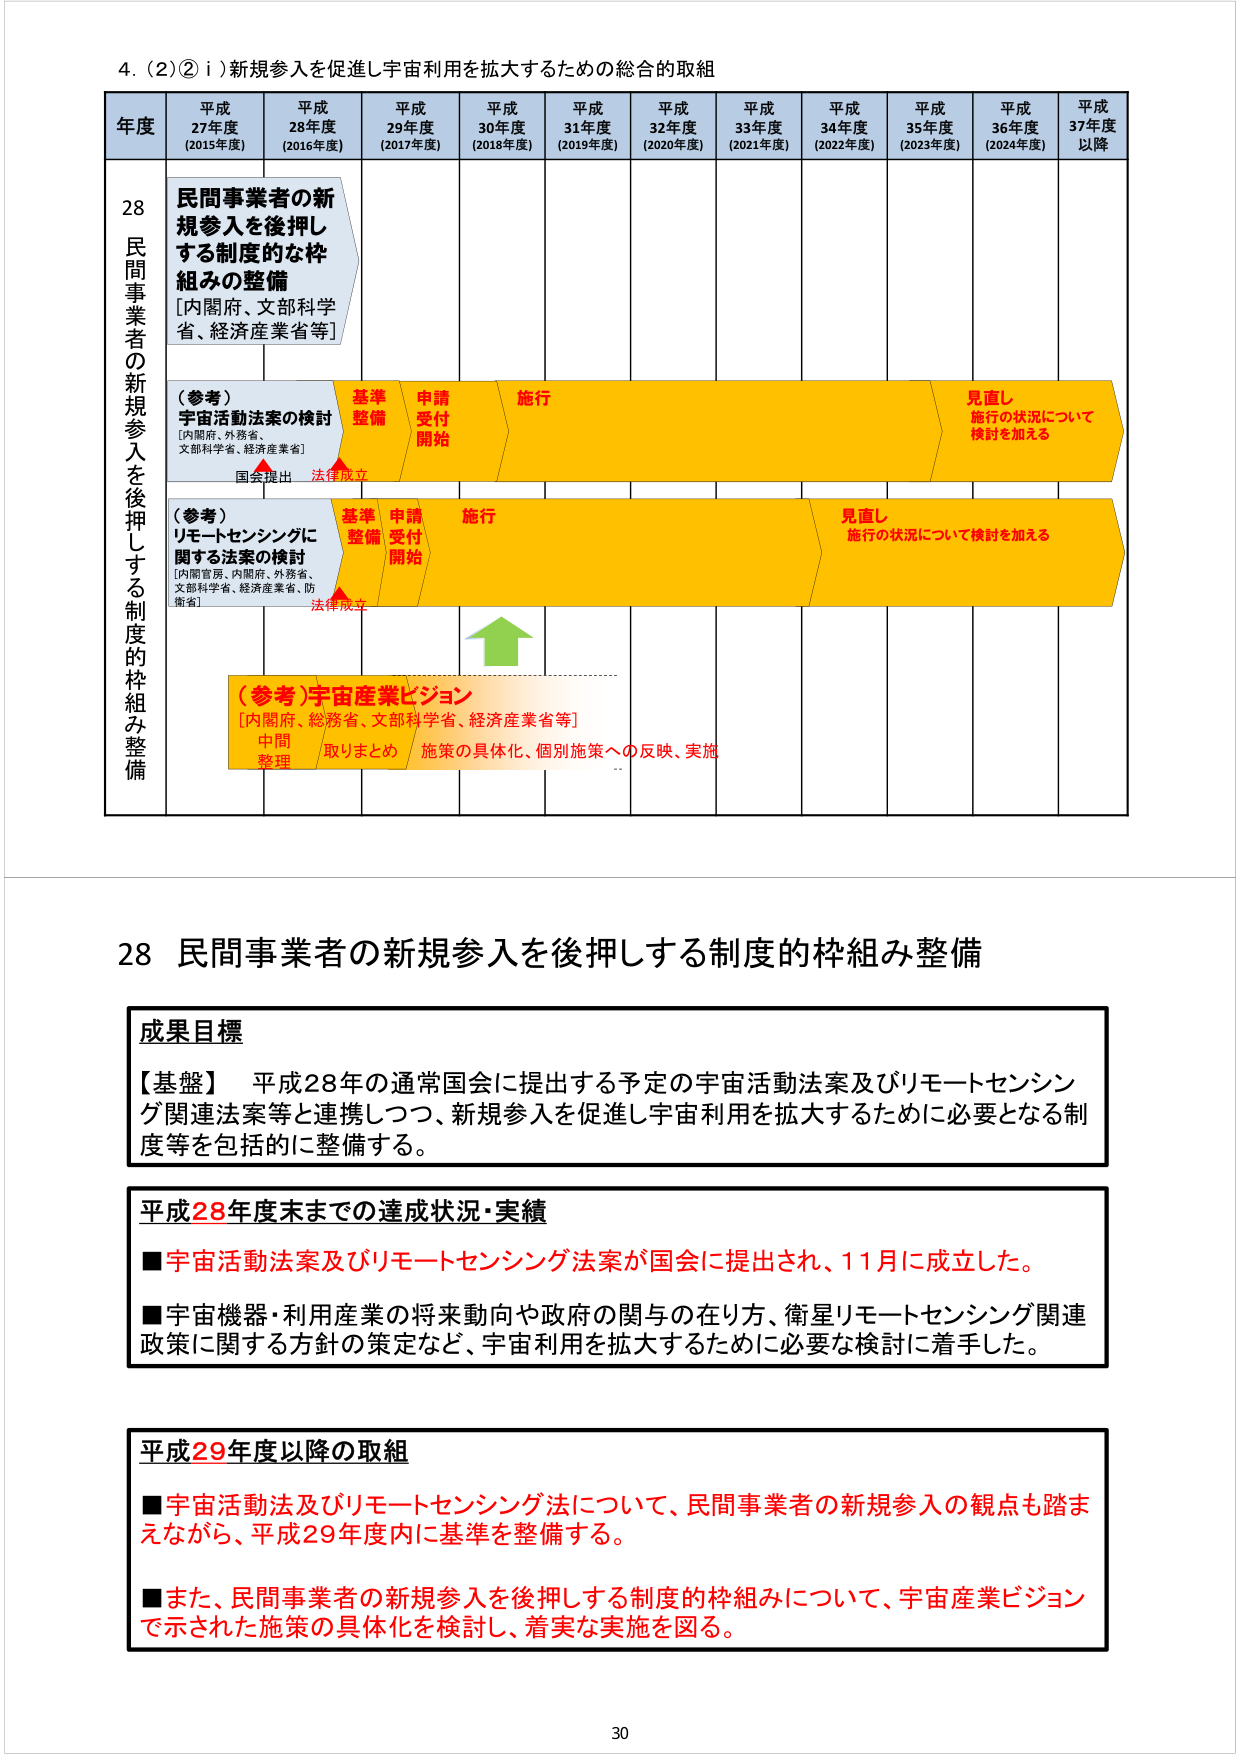
4. (2)② i) 新規参入を促進し宇宙利用を拡大するための総合的取組

年度 平成27年度 (2015年度) 平成28年度 (2016年度) 平成29年度 (2017年度) 平成30年度 (2018年度) 平成31年度 (2019年度) 平成32年度 (2020年度) 平成33年度 (2021年度) 平成34年度 (2022年度) 平成35年度 (2023年度) 平成36年度 (2024年度) 平成37年度以降

28 民間事業者の新規参入を後押しする制度的枠組み整備
[内閣府、文部科学省、経済産業省等]

（参考）宇宙活動法案の検討
[内閣府、外務省、文部科学省、経済産業省]
国会提出 法律成立 基準整備 申請受付開始 施行 見直し 施行の状況について検討を加える

（参考）リモートセンシングに関する法案の検討
[内閣官房、内閣府、外務省、文部科学省、経済産業省、防衛省]
法律成立 基準整備 申請受付開始 施行 見直し 施行の状況について検討を加える

（参考）宇宙産業ビジョン
[内閣府、総務省、文部科学省、経済産業省等]
中間整理 取りまとめ 施策の具体化、個別施策への反映、実施

28 民間事業者の新規参入を後押しする制度的枠組み整備

成果目標
【基盤】 平成28年の通常国会に提出する予定の宇宙活動法案及びリモートセンシング関連法案等と連携しつつ、新規参入を促進し宇宙利用を拡大するために必要となる制度等を包括的に整備する。

平成28年度末までの達成状況・実績
■宇宙活動法案及びリモートセンシング法案が国会に提出され、11月に成立した。
■宇宙機器・利用産業の将来動向や政府の関与の在り方、衛星リモートセンシング関連政策に関する方針の策定など、宇宙利用を拡大するために必要な検討に着手した。

平成29年度以降の取組
■宇宙活動法及びリモートセンシング法について、民間事業者の新規参入の観点も踏まえながら、平成29年度内に基準を整備する。
■また、民間事業者の新規参入を後押しする制度的枠組みについて、宇宙産業ビジョンで示された施策の具体化を検討し、着実な実施を図る。

30